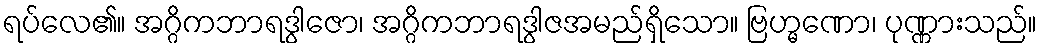
ရပ်လေ၏။ အဂ္ဂိကဘာရဒွါဇော၊ အဂ္ဂိကဘာရဒွါဇအမည်ရှိသော။ ဗြဟ္မဏော၊ ပုဏ္ဏားသည်။